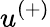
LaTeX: u^{(+)}